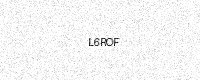
Text: L6ROF